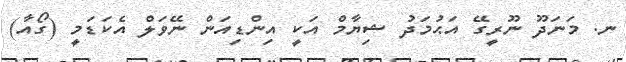
ނ. މަނަދޫ ނޫރީގޭ އަޙުމަދު ޝިޔާމް އަކީ އިންޑިއަން ނޭވަލް އެކަޑަމީ (ގޯއާ)